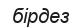
бірдез